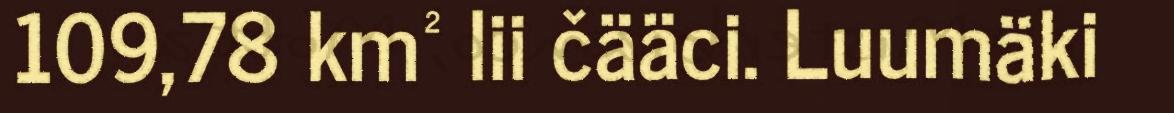
109,78 km² lii čääci. Luumäki